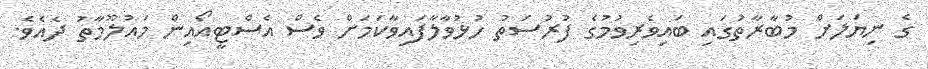
ގެ ނިޔަލަށް މުބާރާތުގައި ބައިވެރިވުމުގެ ފުރުސަތު ހުޅުވާލާފައިވާކަމަށް ވެސް އެސްޓީއޯއިން މައުލޫމާތު ދެއެވެ.